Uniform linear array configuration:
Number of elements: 8
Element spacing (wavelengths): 0.5
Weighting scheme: cosine
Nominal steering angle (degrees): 15
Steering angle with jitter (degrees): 16.977
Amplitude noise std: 0.05
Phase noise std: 0.05

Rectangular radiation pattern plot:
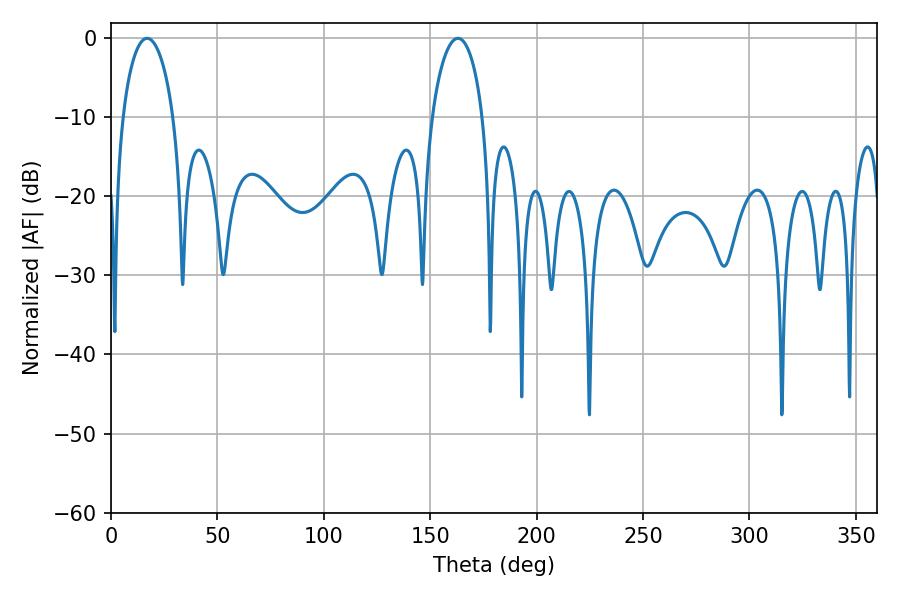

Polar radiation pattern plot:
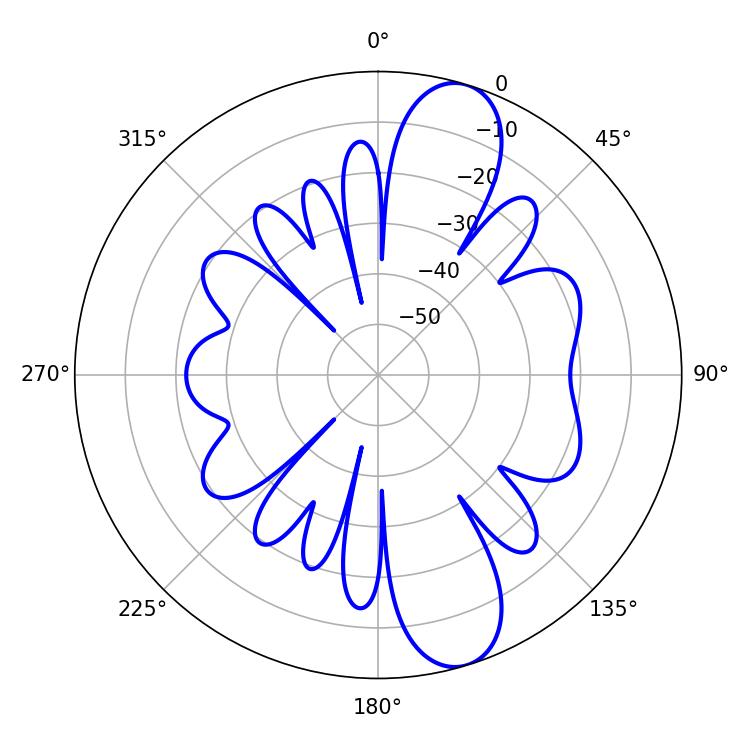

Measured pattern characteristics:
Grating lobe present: FALSE
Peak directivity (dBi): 11.062
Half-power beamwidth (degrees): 13.68
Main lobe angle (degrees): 163.08